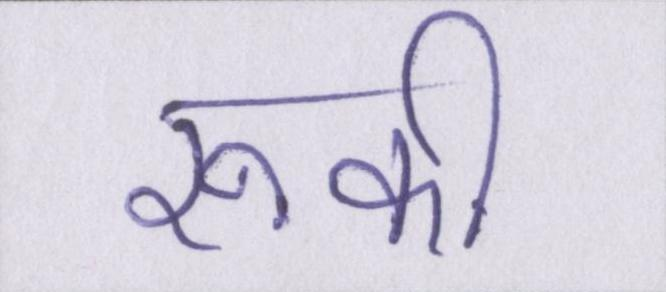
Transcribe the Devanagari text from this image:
रूकी